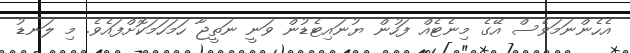
އެހެންނަމަވެސް އޭގެ މިނެޓެއް ފަހުން ޔުނައިޓެޑުން ވަނީ ނަތީޖާ ހަމަހަމަކޮށްފައެވެ. މި ލަނޑު